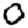
Digit: 0